Source: Handwritten
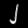
Digit: ၂ (2)